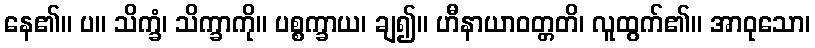
နေ၏။ ပ။ သိက္ခံ၊ သိက္ခာကို။ ပစ္စက္ခာယ၊ ချ၍။ ဟီနာယာဝတ္တတိ၊ လူထွက်၏။ အာဝုသော၊